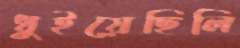
ধুইয়েছিলি